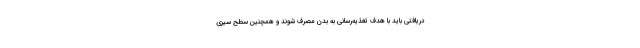
دریافتی باید با هدف تغذیه‌رسانی به بدن مصرف شوند و همچنین سطح سیری